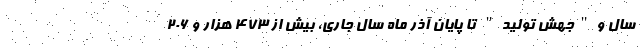
سال و"جهش تولید" تا پایان آذر ماه سال جاری، بیش از 473 هزار و 206